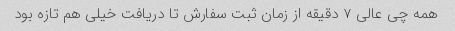
همه چی عالی ۷ دقیقه از زمان ثبت سفارش تا دریافت خیلی هم تازه بود